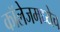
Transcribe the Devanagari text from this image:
कॉलेजमध्येच